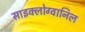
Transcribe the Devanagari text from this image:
साइक्लोग्वानिल